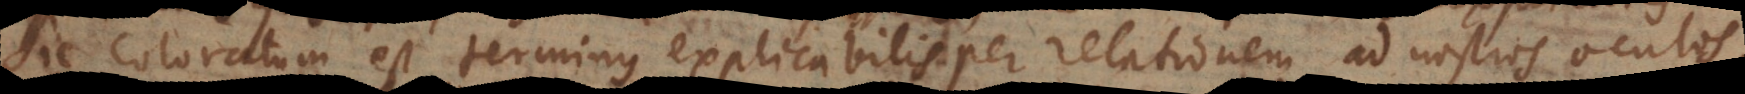
Sic coloratum est terminus explicabilis per relationem ad nostros ocul